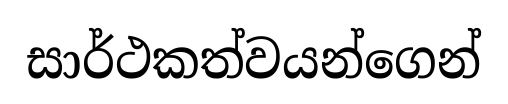
සාර්ථකත්වයන්ගෙන්